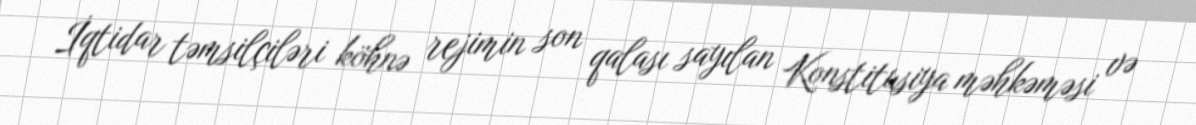
İqtidar təmsilçiləri köhnə rejimin son qalası sayılan Konstitusiya məhkəməsi və